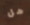
هل